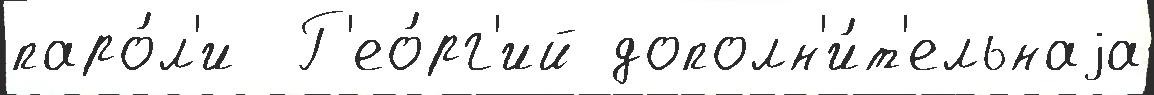
паро́л'и  Г'ео́рг'ий дополн'и́т'ельнаjа